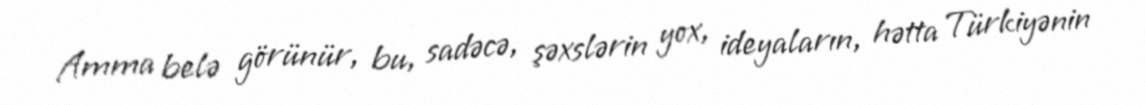
Amma belə görünür, bu, sadəcə, şəxslərin yox, ideyaların, hətta Türkiyənin